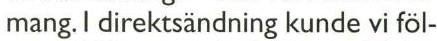
mang. I direktsändning kunde vi föl-